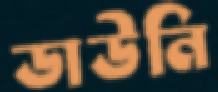
ডাউনি